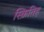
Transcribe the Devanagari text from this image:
स्क्रितिह